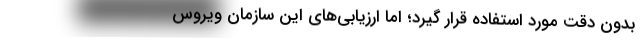
بدون دقت مورد استفاده قرار گیرد؛ اما ارزیابی‌های این سازمان ویروس